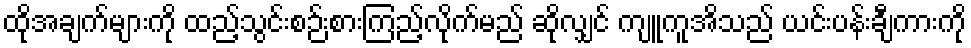
ထိုအချက်များကို ထည့်သွင်းစဉ်းစားကြည့်လိုက်မည် ဆိုလျှင် ကျူကူအိသည် ယင်းပန်းချီကားကို